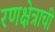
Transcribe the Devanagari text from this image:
रणक्षेत्राची